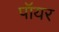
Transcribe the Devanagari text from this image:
पॉयर